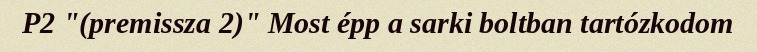
P2 "(premissza 2)" Most épp a sarki boltban tartózkodom